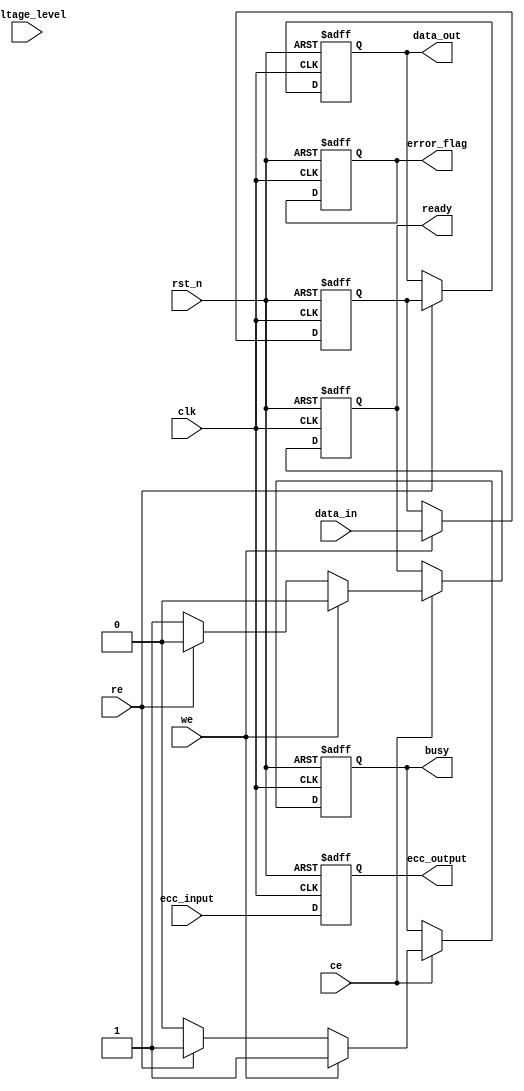
module io_block (
    input wire clk,
    input wire rst_n,
    input wire [7:0] data_in,      // Input data
    output reg [7:0] data_out,     // Output data
    input wire ce,                  // Chip Enable
    input wire we,                  // Write Enable
    input wire re,                  // Read Enable
    output reg ready,               // Ready status
    output reg busy,                // Busy status
    output reg error_flag,          // Error flag
    input wire [1:0] voltage_level, // Voltage level control (00: 1.8V, 01: 3.3V)
    input wire [7:0] ecc_input,     // ECC input data
    output reg [7:0] ecc_output      // ECC output data
);

// Data Latch
reg [7:0] data_latch;
always @(posedge clk or negedge rst_n) begin
    if (!rst_n) begin
        data_latch <= 8'b0;
    end else if (we) begin
        data_latch <= data_in; // Latch data on write
    end
end

// Data Output Buffer
always @(posedge clk or negedge rst_n) begin
    if (!rst_n) begin
        data_out <= 8'b0;
    end else if (re) begin
        data_out <= data_latch; // Output data on read
    end
end

// Control Signal Interface
always @(posedge clk or negedge rst_n) begin
    if (!rst_n) begin
        ready <= 1'b0;
        busy <= 1'b0;
        error_flag <= 1'b0;
    end else begin
        if (ce) begin
            if (we) begin
                busy <= 1'b1; // Mark busy on write
                ready <= 1'b0;
            end else if (re) begin
                busy <= 1'b1; // Mark busy on read
                ready <= 1'b0;
            end else begin
                busy <= 1'b0; // Mark not busy
                ready <= 1'b1; // Ready for next operation
            end
        end
    end
end

// Voltage Level Shifter
reg [1:0] level_shifted;
always @(voltage_level) begin
    case (voltage_level)
        2'b00: level_shifted = 2'b01; // Shift to 1.8V level
        2'b01: level_shifted = 2'b10; // Shift to 3.3V level
        default: level_shifted = 2'b00; // Default
    endcase
end

// ECC Interface (Simple placeholder for ECC logic)
always @(posedge clk or negedge rst_n) begin
    if (!rst_n) begin
        ecc_output <= 8'b0;
    end else begin
        ecc_output <= ecc_input; // Placeholder for ECC operation
    end
end

// Timing Control Logic (Simple example)
reg [7:0] timing_counter;
always @(posedge clk or negedge rst_n) begin
    if (!rst_n) begin
        timing_counter <= 8'b0;
    end else if (busy) begin
        timing_counter <= timing_counter + 1; // Increment timing counter
    end
end

// Power Management (Placeholder)
always @(posedge clk or negedge rst_n) begin
    if (!rst_n) begin
        // Initialize power states
    end else begin
        // Manage power states based on busy/ready
    end
end

endmodule